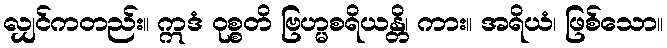
လျှင်ကတည်း။ ဣဒံ ဝုစ္စတိ ဗြဟ္မစရိယန္တိ၊ ကား။ အရိယံ၊ ဖြစ်သော။